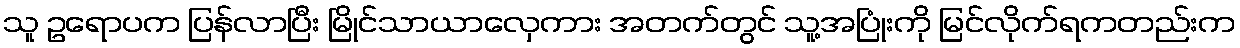
သူ ဥရောပက ပြန်လာပြီး မြိုင်သာယာလှေကား အတက်တွင် သူ့အပြုံးကို မြင်လိုက်ရကတည်းက